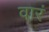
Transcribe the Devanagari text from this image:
वारं